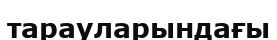
тарауларындағы